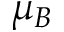
\mu _ { B }